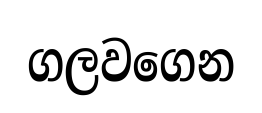
ගලවගෙන